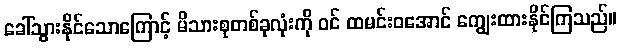
ခေါ်သွားနိုင်သောကြောင့် မိသားစုတစ်ခုလုံးကို ဝင် ထမင်းဝအောင် ကျွေးထားနိုင်ကြသည်။